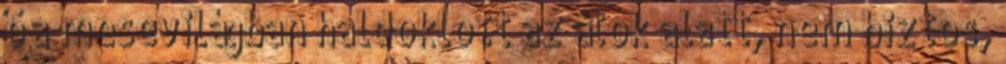
ő a mesevilágban haldoklott az átok alatt, nem biztos,